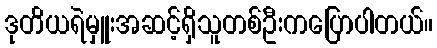
ဒုတိယရဲမှူးအဆင့်ရှိသူတစ်ဦးကပြောပါတယ်။